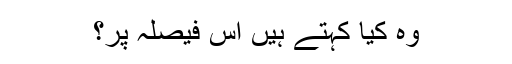
وہ کیا کہتے ہیں اس فیصلہ پر؟